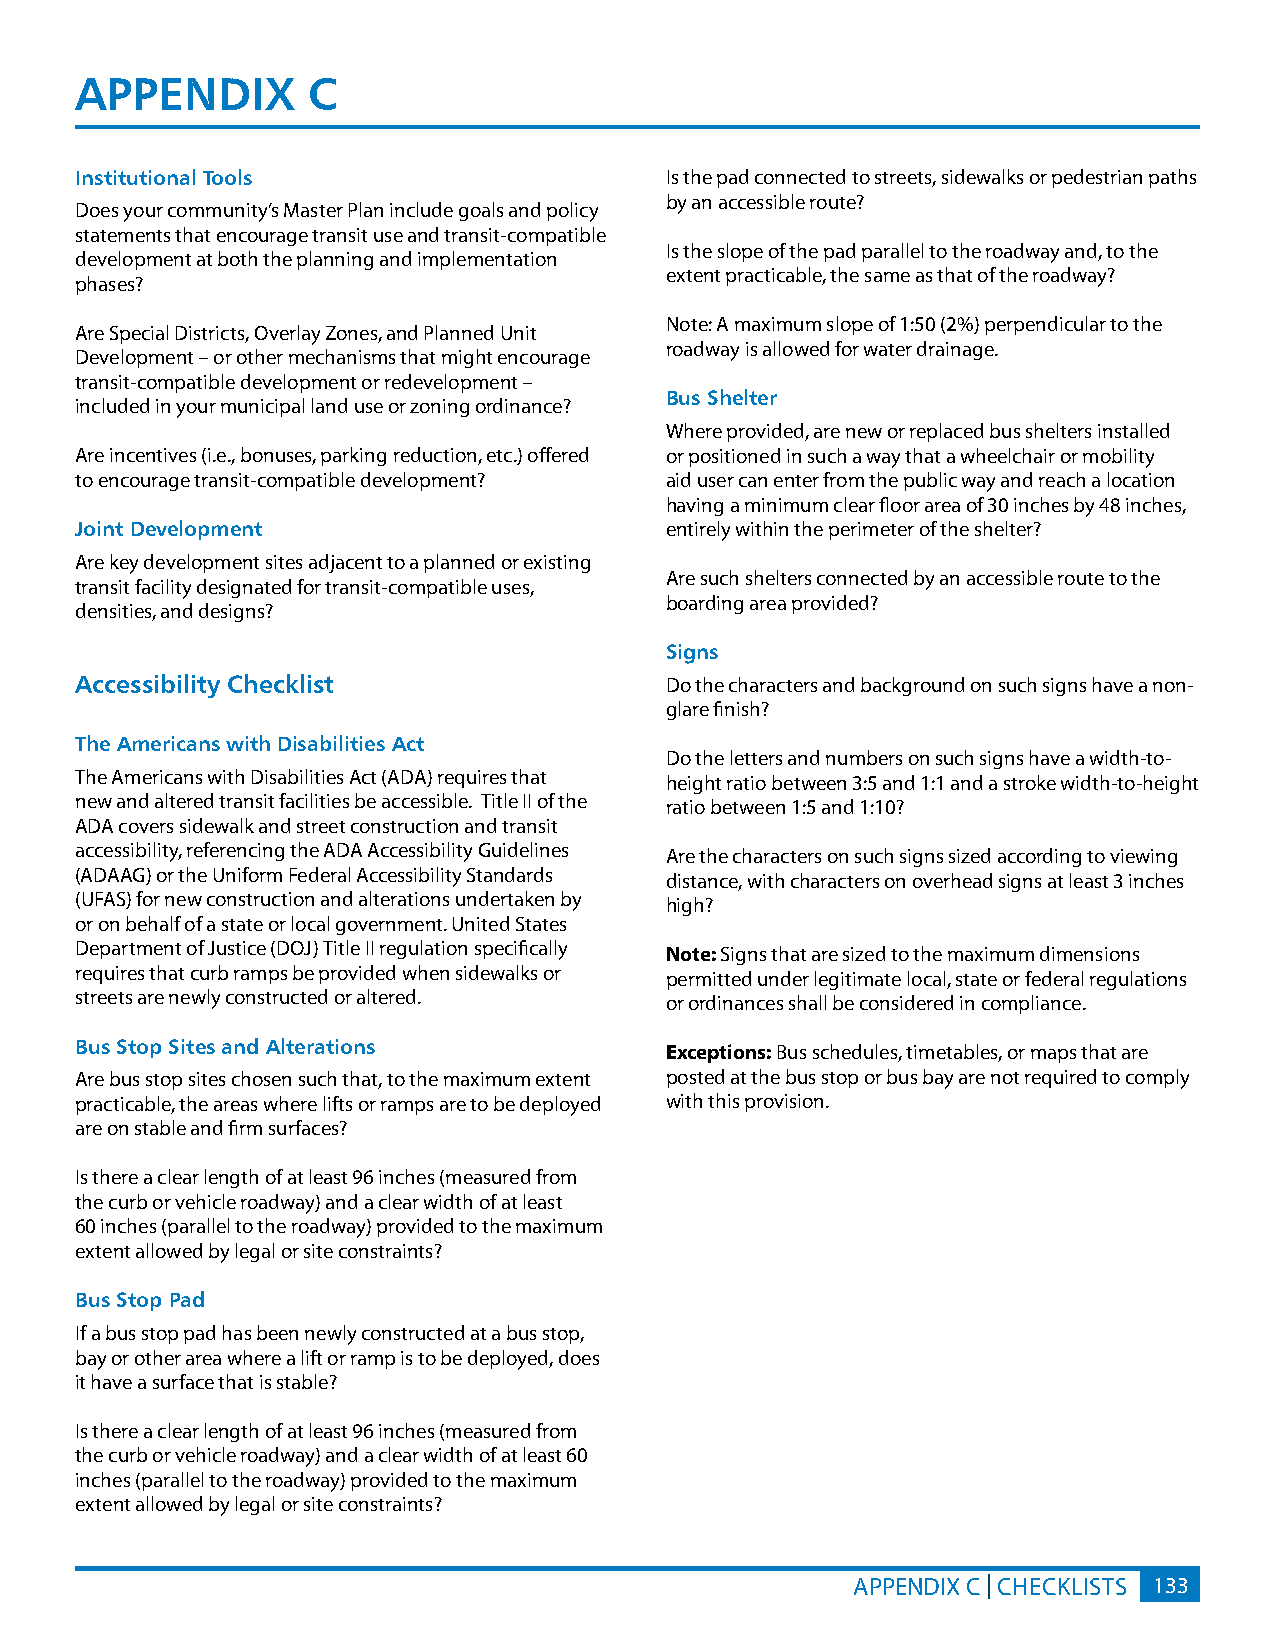
APPENDIx       C
 Institutional Tools                    Is the pad connected to streets, sidewalks or pedestrian paths
 by an accessible route?
 Does your community’s Master Plan include goals and policy
 statements that encourage transit use and transit-compatible
 Is the slope of the pad parallel to the roadway and, to the
 development at both the planning and implementation
 extent practicable, the same as that of the roadway?
 phases?
 Note: A maximum slope of 1:50 (2%) perpendicular to the
 Are Special Districts, Overlay Zones, and Planned Unit
 roadway is allowed for water drainage.
 Development – or other mechanisms that might encourage
 transit-compatible development or redevelopment –
 Bus Shelter
 included in your municipal land use or zoning ordinance?
 Where provided, are new or replaced bus shelters installed
 Are incentives (i.e., bonuses, parking reduction, etc.) offered or positioned in such a way that a wheelchair or mobility
 to encourage transit-compatible development? aid user can enter from the public way and reach a location
 having a minimum clear floor area of 30 inches by 48 inches,
 Joint Development                      entirely within the perimeter of the shelter?
 Are key development sites adjacent to a planned or existing
 Are such shelters connected by an accessible route to the
 transit facility designated for transit-compatible uses,
 boarding area provided?
 densities, and designs?
 Signs
 Accessibility Checklist                Do the characters and background on such signs have a non-
 glare finish?
 The Americans with Disabilities Act
 Do the letters and numbers on such signs have a width-to-
 The Americans with Disabilities Act (ADA) requires that
 height ratio between 3:5 and 1:1 and a stroke width-to-height
 new and altered transit facilities be accessible. Title II of the
 ratio between 1:5 and 1:10?
 ADA covers sidewalk and street construction and transit
 accessibility, referencing the ADA Accessibility Guidelines
 Are the characters on such signs sized according to viewing
 (ADAAG) or the Uniform Federal Accessibility Standards
 distance, with characters on overhead signs at least 3 inches
 (UFAS) for new construction and alterations undertaken by
 high?
 or on behalf of a state or local government. United States
 Department of Justice (DOJ) Title II regulation specifically
 Note: Signs that are sized to the maximum dimensions
 requires that curb ramps be provided when sidewalks or
 permitted under legitimate local, state or federal regulations
 streets are newly constructed or altered.
 or ordinances shall be considered in compliance.
 Bus Stop Sites and Alterations         Exceptions: Bus schedules, timetables, or maps that are
 Are bus stop sites chosen such that, to the maximum extent posted at the bus stop or bus bay are not required to comply
 practicable, the areas where lifts or ramps are to be deployed with this provision.
 are on stable and firm surfaces?
 Is there a clear length of at least 96 inches (measured from
 the curb or vehicle roadway) and a clear width of at least
 60 inches (parallel to the roadway) provided to the maximum
 extent allowed by legal or site constraints?
 Bus Stop Pad
 If a bus stop pad has been newly constructed at a bus stop,
 bay or other area where a lift or ramp is to be deployed, does
 it have a surface that is stable?
 Is there a clear length of at least 96 inches (measured from
 the curb or vehicle roadway) and a clear width of at least 60
 inches (parallel to the roadway) provided to the maximum
 extent allowed by legal or site constraints?
 APPENDIX C | CHECKLISTS 133